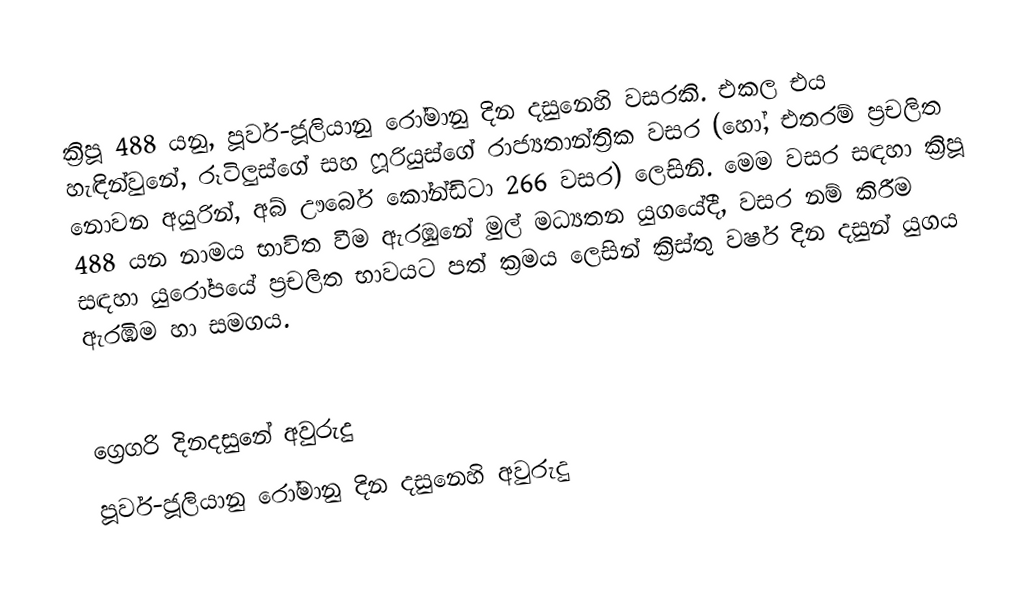

ක්‍රිපූ 488 යනු, පූර්ව-ජූලියානු රෝමානු දින දසුනෙහි වසරකි. එකල එය හැඳින්වුනේ, රූටිලුස්ගේ සහ ෆූරියුස්ගේ රාජ්‍යතාන්ත්‍රික වසර (හෝ, එතරම් ප්‍රචලිත නොවන අයුරින්, අබ් ඌර්බෙ කෝන්ඩිටා 266 වසර) ලෙසිනි. මෙම වසර සඳහා ක්‍රිපූ 488 යන නාමය භාවිත වීම ඇරඹුනේ මුල්  මධ්‍යතන යුගයේදී, වසර නම් කිරීම සඳහා යුරෝපයේ ප්‍රචලිත භාවයට පත් ක්‍රමය ලෙසින් ක්‍රිස්තු වර්ෂ දින දසුන් යුගය ඇරඹීම හා සමගය.

ග්‍රෙගරි දිනදසුනේ අවුරුදු
පූර්ව-ජූලියානු රෝමානු දින දසුනෙහි අවුරුදු